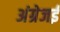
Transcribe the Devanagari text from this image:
अंग्रेजई